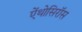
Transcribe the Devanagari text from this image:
ऐंथोसिरॉस